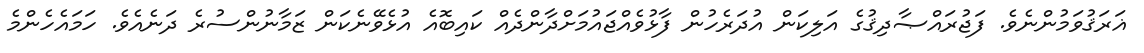
ޣަރަޤުވަމުންނެވެ. ފަޖުރައްޞާދިޤުގެ އަލިކަން އުދަރެހުން ފާޅުވެއްޖައުމަށްދާންދެއް ކައިބޮއެ އުޅެވޭނެކަން ޒަމާނުންސުރެ ދަނެއެވެ. ހަމައެހެންމެ